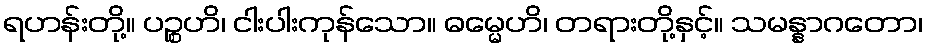
ရဟန်းတို့။ ပဉ္စဟိ၊ ငါးပါးကုန်သော။ ဓမ္မေဟိ၊ တရားတို့နှင့်။ သမန္နာဂတော၊